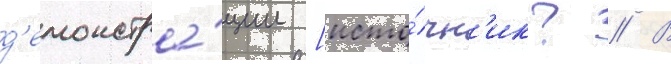
д'емонстра́ции [исто́чн'ик? // В